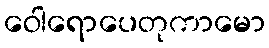
ဝေါရောပေတုကာမော